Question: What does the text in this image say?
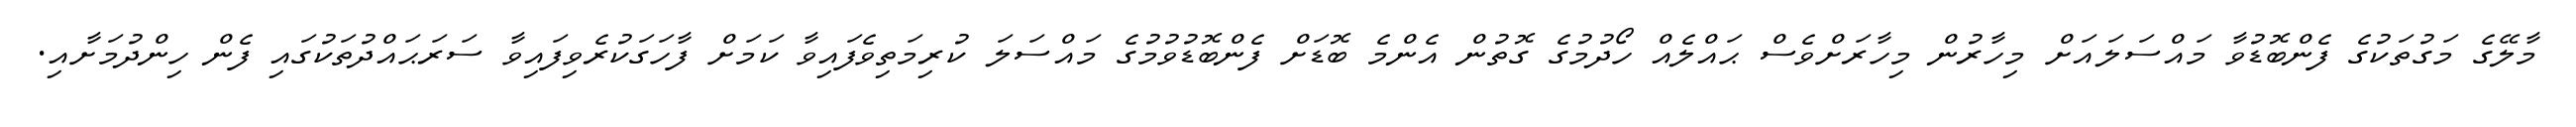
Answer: މާލޭގެ މަގުތަކުގެ ފެންބޮޑުވާ މައްސަލައަށް މިހާރުން މިހާރަށްވެސް ޙައްލެއް ހޯދުމުގެ ގޮތުން އެންމެ ބޮޑަށް ފެންބޮޑުވުމުގެ މައްސަލަ ކުރިމަތިވެފައިވާ ކަމަށް ފާހަގަކުރެވިފައިވާ ސަރަޙައްދުތަކުގައި ފެން ހިންދުމަށާއި.